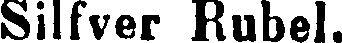
Silfver Rubel.